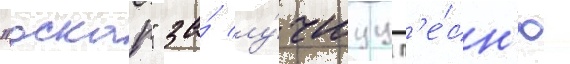
"оскар" за́ лу́чшуу п'е́сн'ю